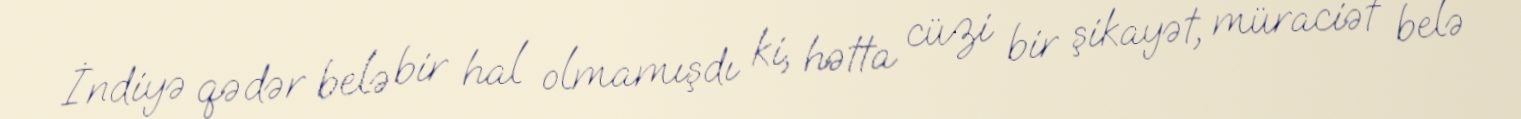
İndiyə qədər belə bir hal olmamışdı ki, hətta cüzi bir şikayət, müraciət belə